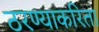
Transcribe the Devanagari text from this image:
ठरण्याकरिता